65_HS1-834228961_62-HQ-83894_Section_6
Agency: FBI
Page 35
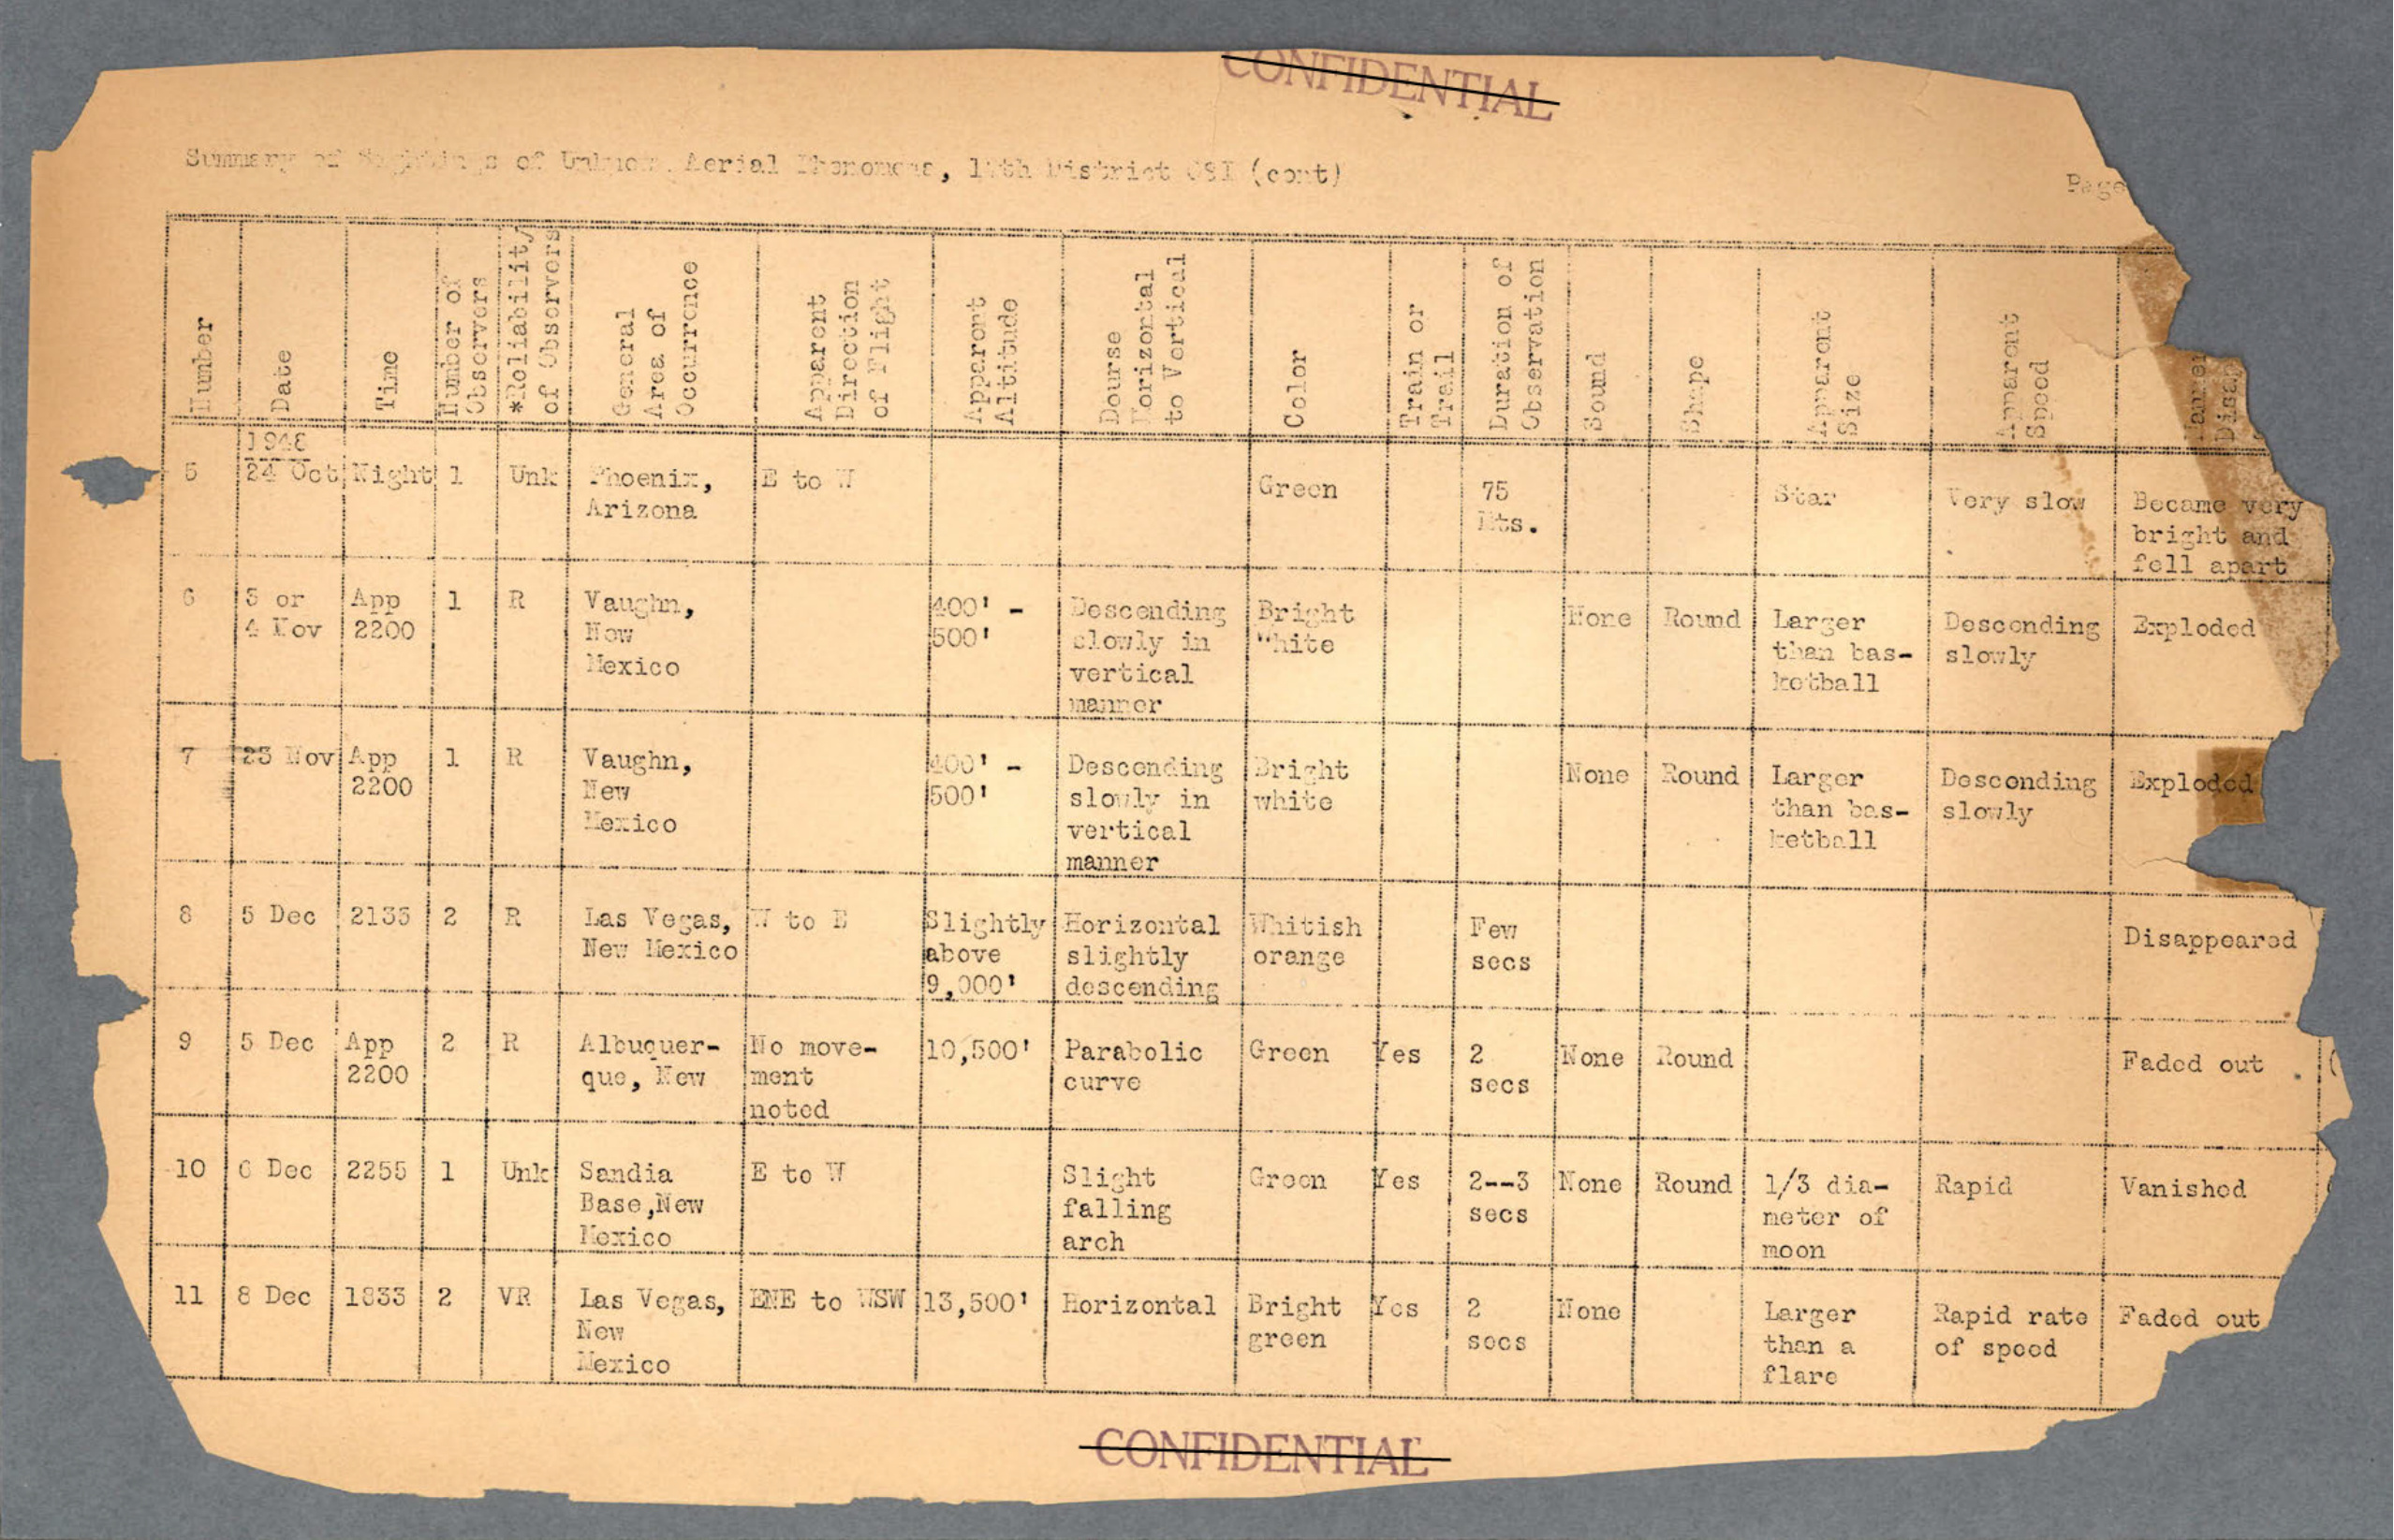